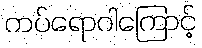
ကပ်ရောဂါကြောင့်